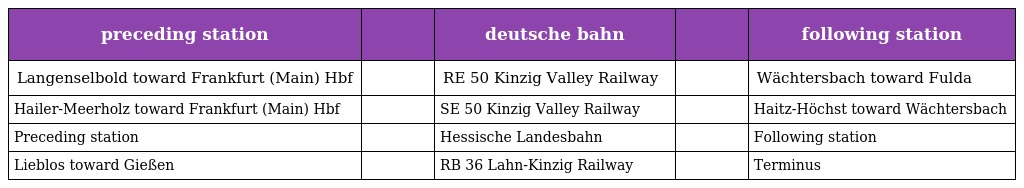
| preceding station |  | deutsche bahn |  | following station |
 | --- | --- | --- | --- | --- |
 | Langenselbold toward Frankfurt (Main) Hbf |  | RE 50 Kinzig Valley Railway |  | Wächtersbach toward Fulda |
 | Hailer-Meerholz toward Frankfurt (Main) Hbf |  | SE 50 Kinzig Valley Railway |  | Haitz-Höchst toward Wächtersbach |
 | Preceding station |  | Hessische Landesbahn |  | Following station |
 | Lieblos toward Gießen |  | RB 36 Lahn-Kinzig Railway |  | Terminus |